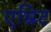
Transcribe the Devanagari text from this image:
एम्रिट